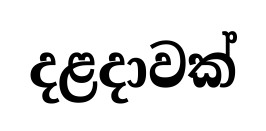
දළදාවක්